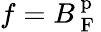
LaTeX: f=B_{\mathrm{~F~}}^{\mathrm{~p~}}